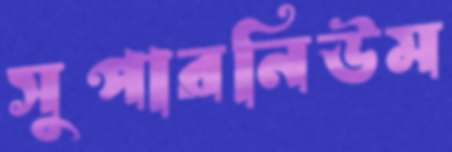
সুপারনিউম